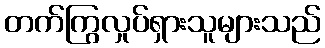
တက်ကြွလှုပ်ရှားသူများသည်